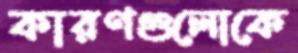
কারণগুলোকে